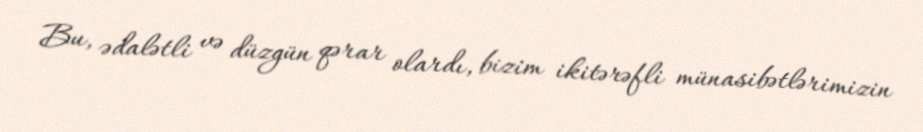
Bu, ədalətli və düzgün qərar olardı, bizim ikitərəfli münasibətlərimizin